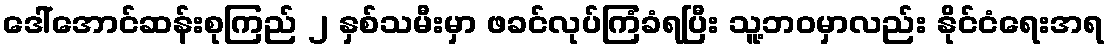
ဒေါ်အောင်ဆန်းစုကြည် ၂ နှစ်သမီးမှာ ဖခင်လုပ်ကြံခံရပြီး သူ့ဘဝမှာလည်း နိုင်ငံရေးအရ